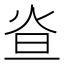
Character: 𤇁